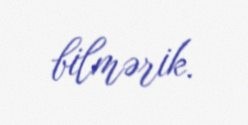
bilmərik.